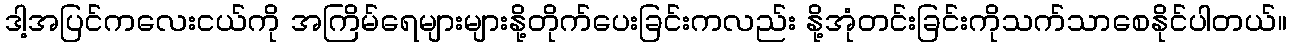
ဒါ့အပြင်ကလေးငယ်ကို အကြိမ်ရေများများနို့တိုက်ပေးခြင်းကလည်း နို့အုံတင်းခြင်းကိုသက်သာစေနိုင်ပါတယ်။